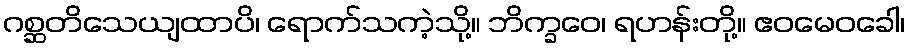
ဂစ္ဆတိသေယျထာပိ၊ ရောက်သကဲ့သို့။ ဘိက္ခဝေ၊ ရဟန်းတို့။ ဧဝမေဝခေါ၊